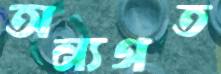
অন্যগত